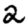
Digit: 2